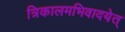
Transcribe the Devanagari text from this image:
त्रिकालमभिवादयेत्